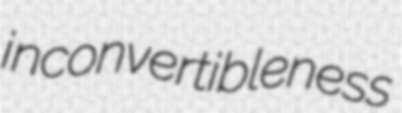
inconvertibleness